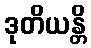
ဒုတိယန္တိ